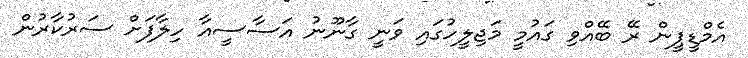
އެމްޑީޕީން ރޭ ބޭއްވި ގައުމީ މަޖިލީހުގައި ވަނީ ގާނޫނު އަސާސީއާ ހިލާފަށް ސަރުކާރުން